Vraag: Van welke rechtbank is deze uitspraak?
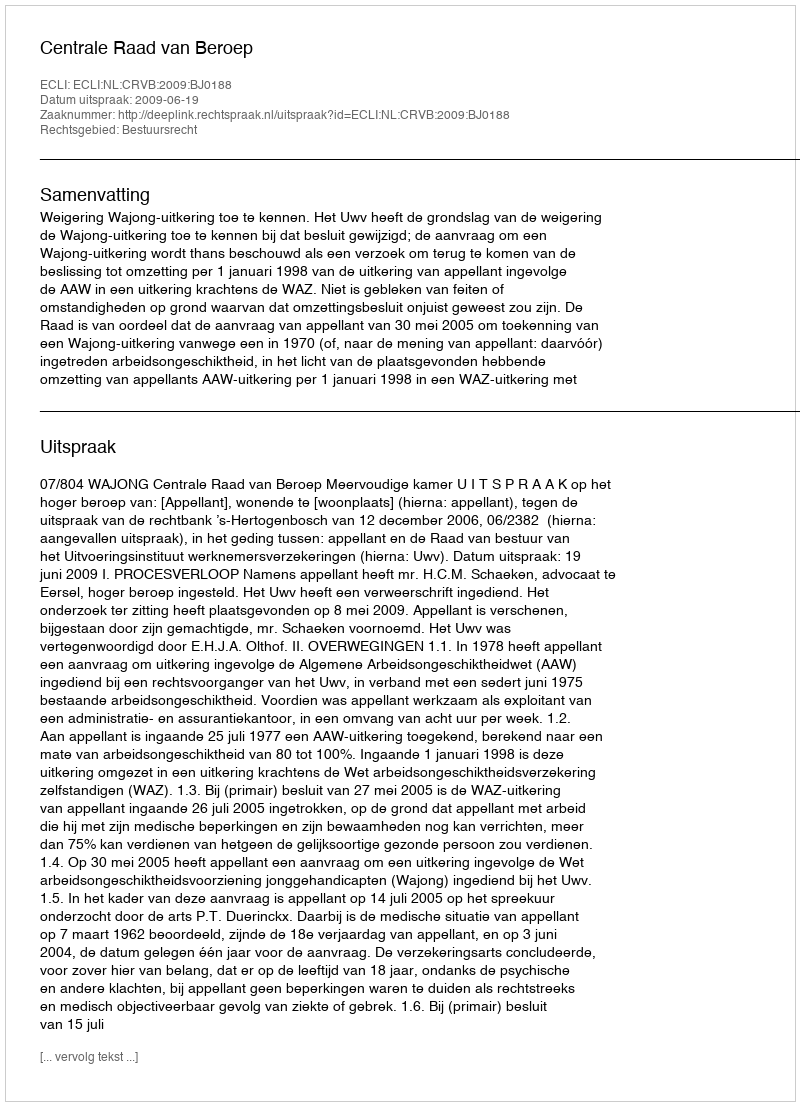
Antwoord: Centrale Raad van Beroep